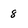
Character: 8